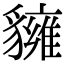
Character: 𧴗